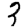
Digit: 3